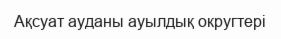
Ақсуат ауданы ауылдық округтері